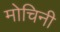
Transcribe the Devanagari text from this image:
मोचिनी